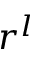
r ^ { l }